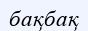
бақбақ